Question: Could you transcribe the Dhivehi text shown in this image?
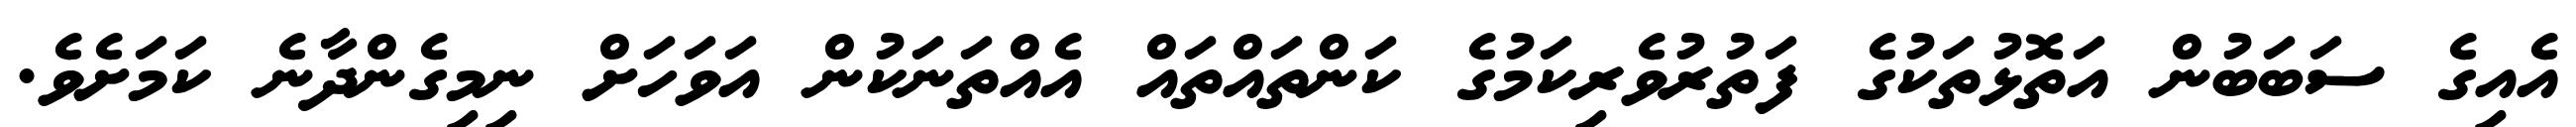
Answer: އެއިގެ ސަބަބުން އަތޮޅުތަކުގެ ފަތުރުވެރިކަމުގެ ކަންތައްތައް އެއްތަނަކުން އަވަހަށް ނިމިގެންދާނެ ކަމަށެވެ.